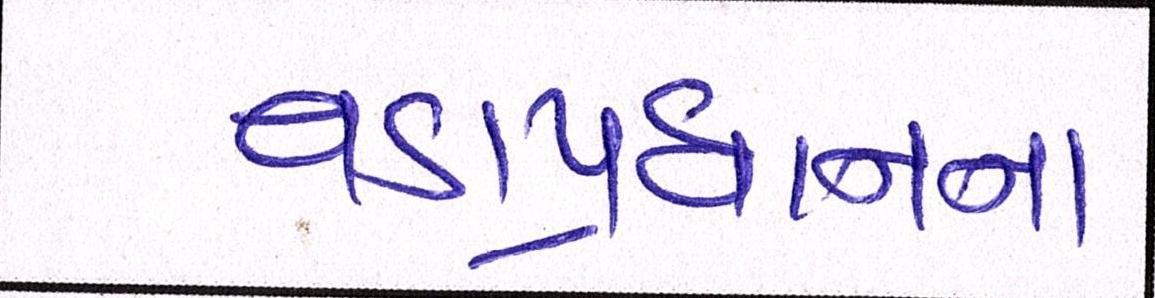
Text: વડાપ્રધાનના